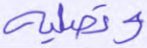
وتصلية